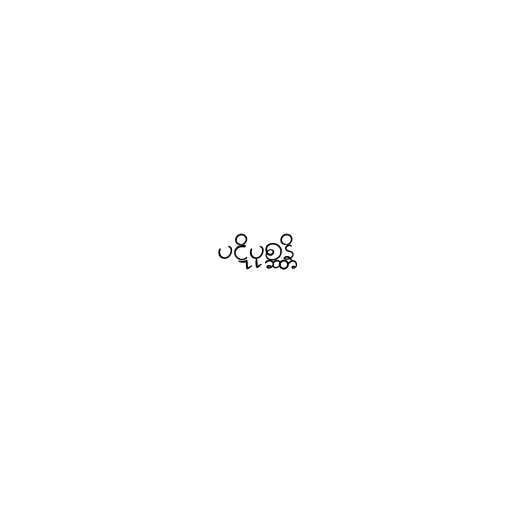
ပဋိပုစ္ဆန္တိ